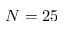
N = 2 5